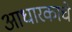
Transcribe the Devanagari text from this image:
आधारकाचे